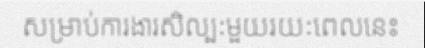
សម្រាប់ការងារសិល្បៈមួយរយៈពេលនេះ